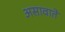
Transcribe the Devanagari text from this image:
असावाते